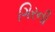
ગિરની